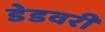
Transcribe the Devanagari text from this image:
डेडवरी